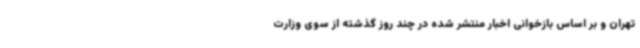
تهران و بر اساس بازخوانی اخبار منتشر شده در چند روز گذشته از سوی وزارت